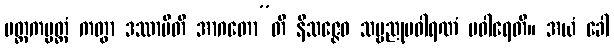
မတ္ထကပ္ပတ္တံ ကတွာ ဒဿာမီတိ အာဂတော”တိ နိသဇ္ဇေဝ သဗ္ဗညုပဝါရဏံ ပဝါရေတိ။ အယံ ခေါ